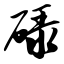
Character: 碌